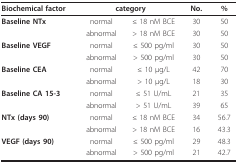
| Biochemical factor | <COLSPAN=2> category | No. | % |
 | --- | --- | --- | --- | --- |
 | Baseline NTx | normal | ≤ 18 nM BCE | 30 | 50 |
 |  | abnormal | > 18 nM BCE | 30 | 50 |
 | Baseline VEGF | normal | ≤ 500 pg/ml | 30 | 50 |
 |  | abnormal | > 500 pg/ml | 30 | 50 |
 | Baseline CEA | normal | ≤ 10 μg/L | 42 | 70 |
 |  | abnormal | > 10 μg/L | 18 | 30 |
 | Baseline CA 15-3 | normal | ≤ 51 U/mL | 21 | 35 |
 |  | abnormal | > 51 U/mL | 39 | 65 |
 | NTx (days 90) | normal | ≤ 18 nM BCE | 34 | 56.7 |
 |  | abnormal | > 18 nM BCE | 16 | 43.3 |
 | VEGF (days 90) | normal | ≤ 500 pg/ml | 29 | 48.3 |
 |  | abnormal | > 500 pg/ml | 21 | 42.7 |